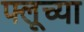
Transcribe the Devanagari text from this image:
फ्लूच्या